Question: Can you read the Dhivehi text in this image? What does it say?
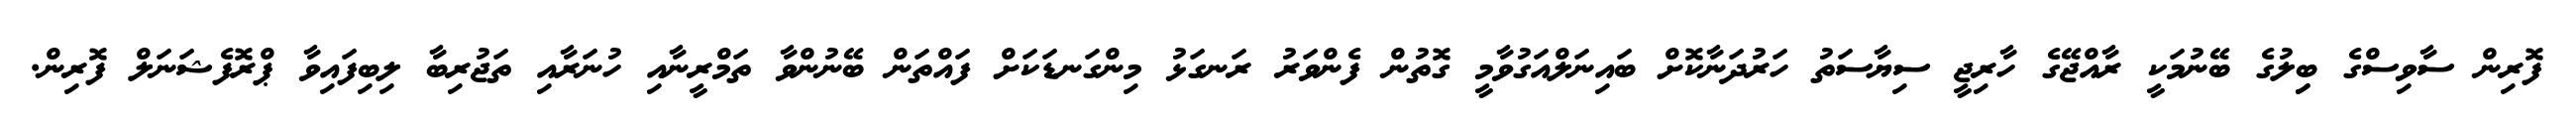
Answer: ފޮރިން ސާވިސްގެ ބިިލުގެ ބޭނުމަކީ ރާއްޖޭގެ ހާރިޖީ ސިޔާސަތު ހަރުދަނާކޮށް ބައިނަލްއަގުވާމީ ގޮތުން ފެންވަރު ރަނގަޅު މިންގަނޑަކަށް ފައްތަން ބޭނުންވާ ތަމްރީނާއި ހުނަރާއި ތަޖުރިބާ ލިބިފައިވާ ޕްރޮފެޝަނަލް ފޮރިން.